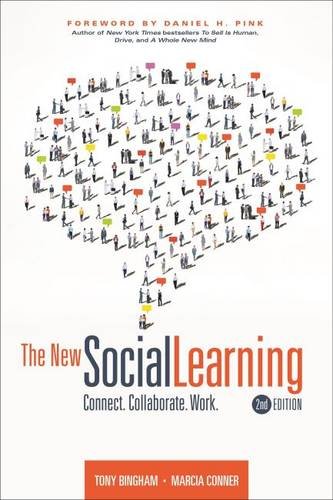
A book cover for The New Social Learning: Connect. Collaborate. Work., 2nd Edition; Tony Bingham; Computers & Technology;